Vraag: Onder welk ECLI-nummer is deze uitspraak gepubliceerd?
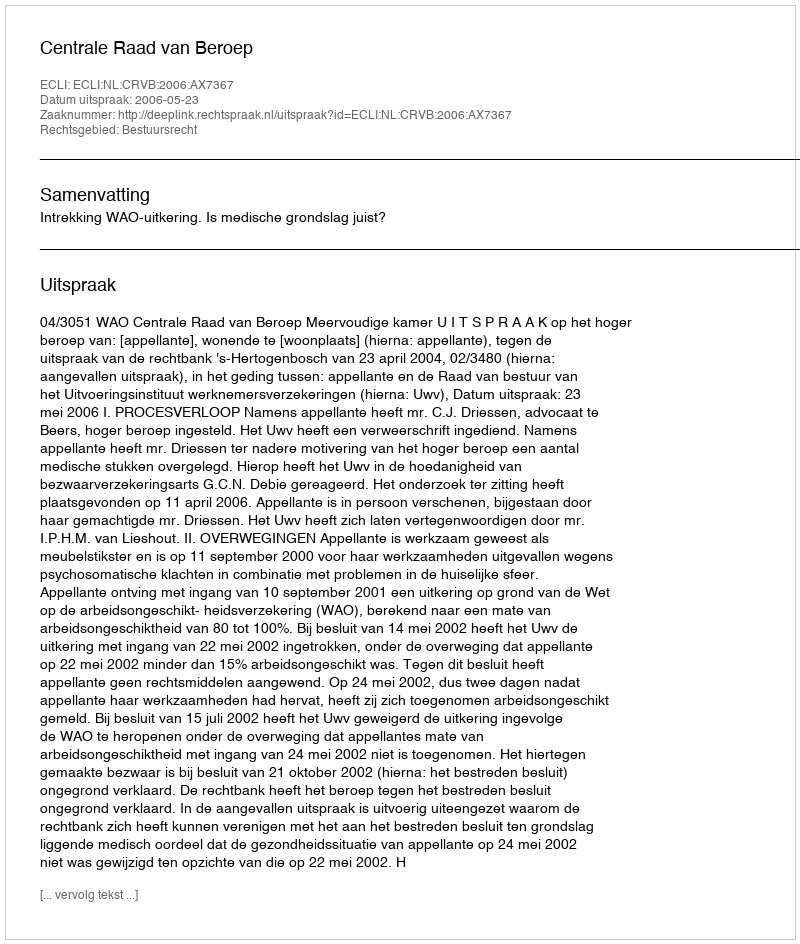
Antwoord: ECLI:NL:CRVB:2006:AX7367